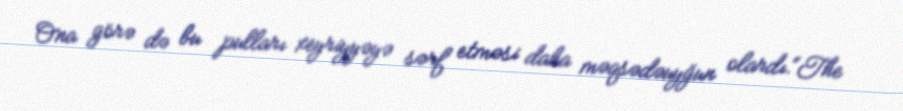
Ona görə də bu pulları xeyriyyəyə sərf etməsi daha məqsədəuyğun olardı.“The